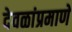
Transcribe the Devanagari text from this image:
देवळांप्रमाणे